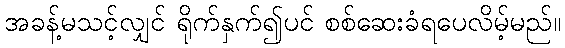
အခန့်မသင့်လျှင် ရိုက်နှက်၍ပင် စစ်ဆေးခံရပေလိမ့်မည်။